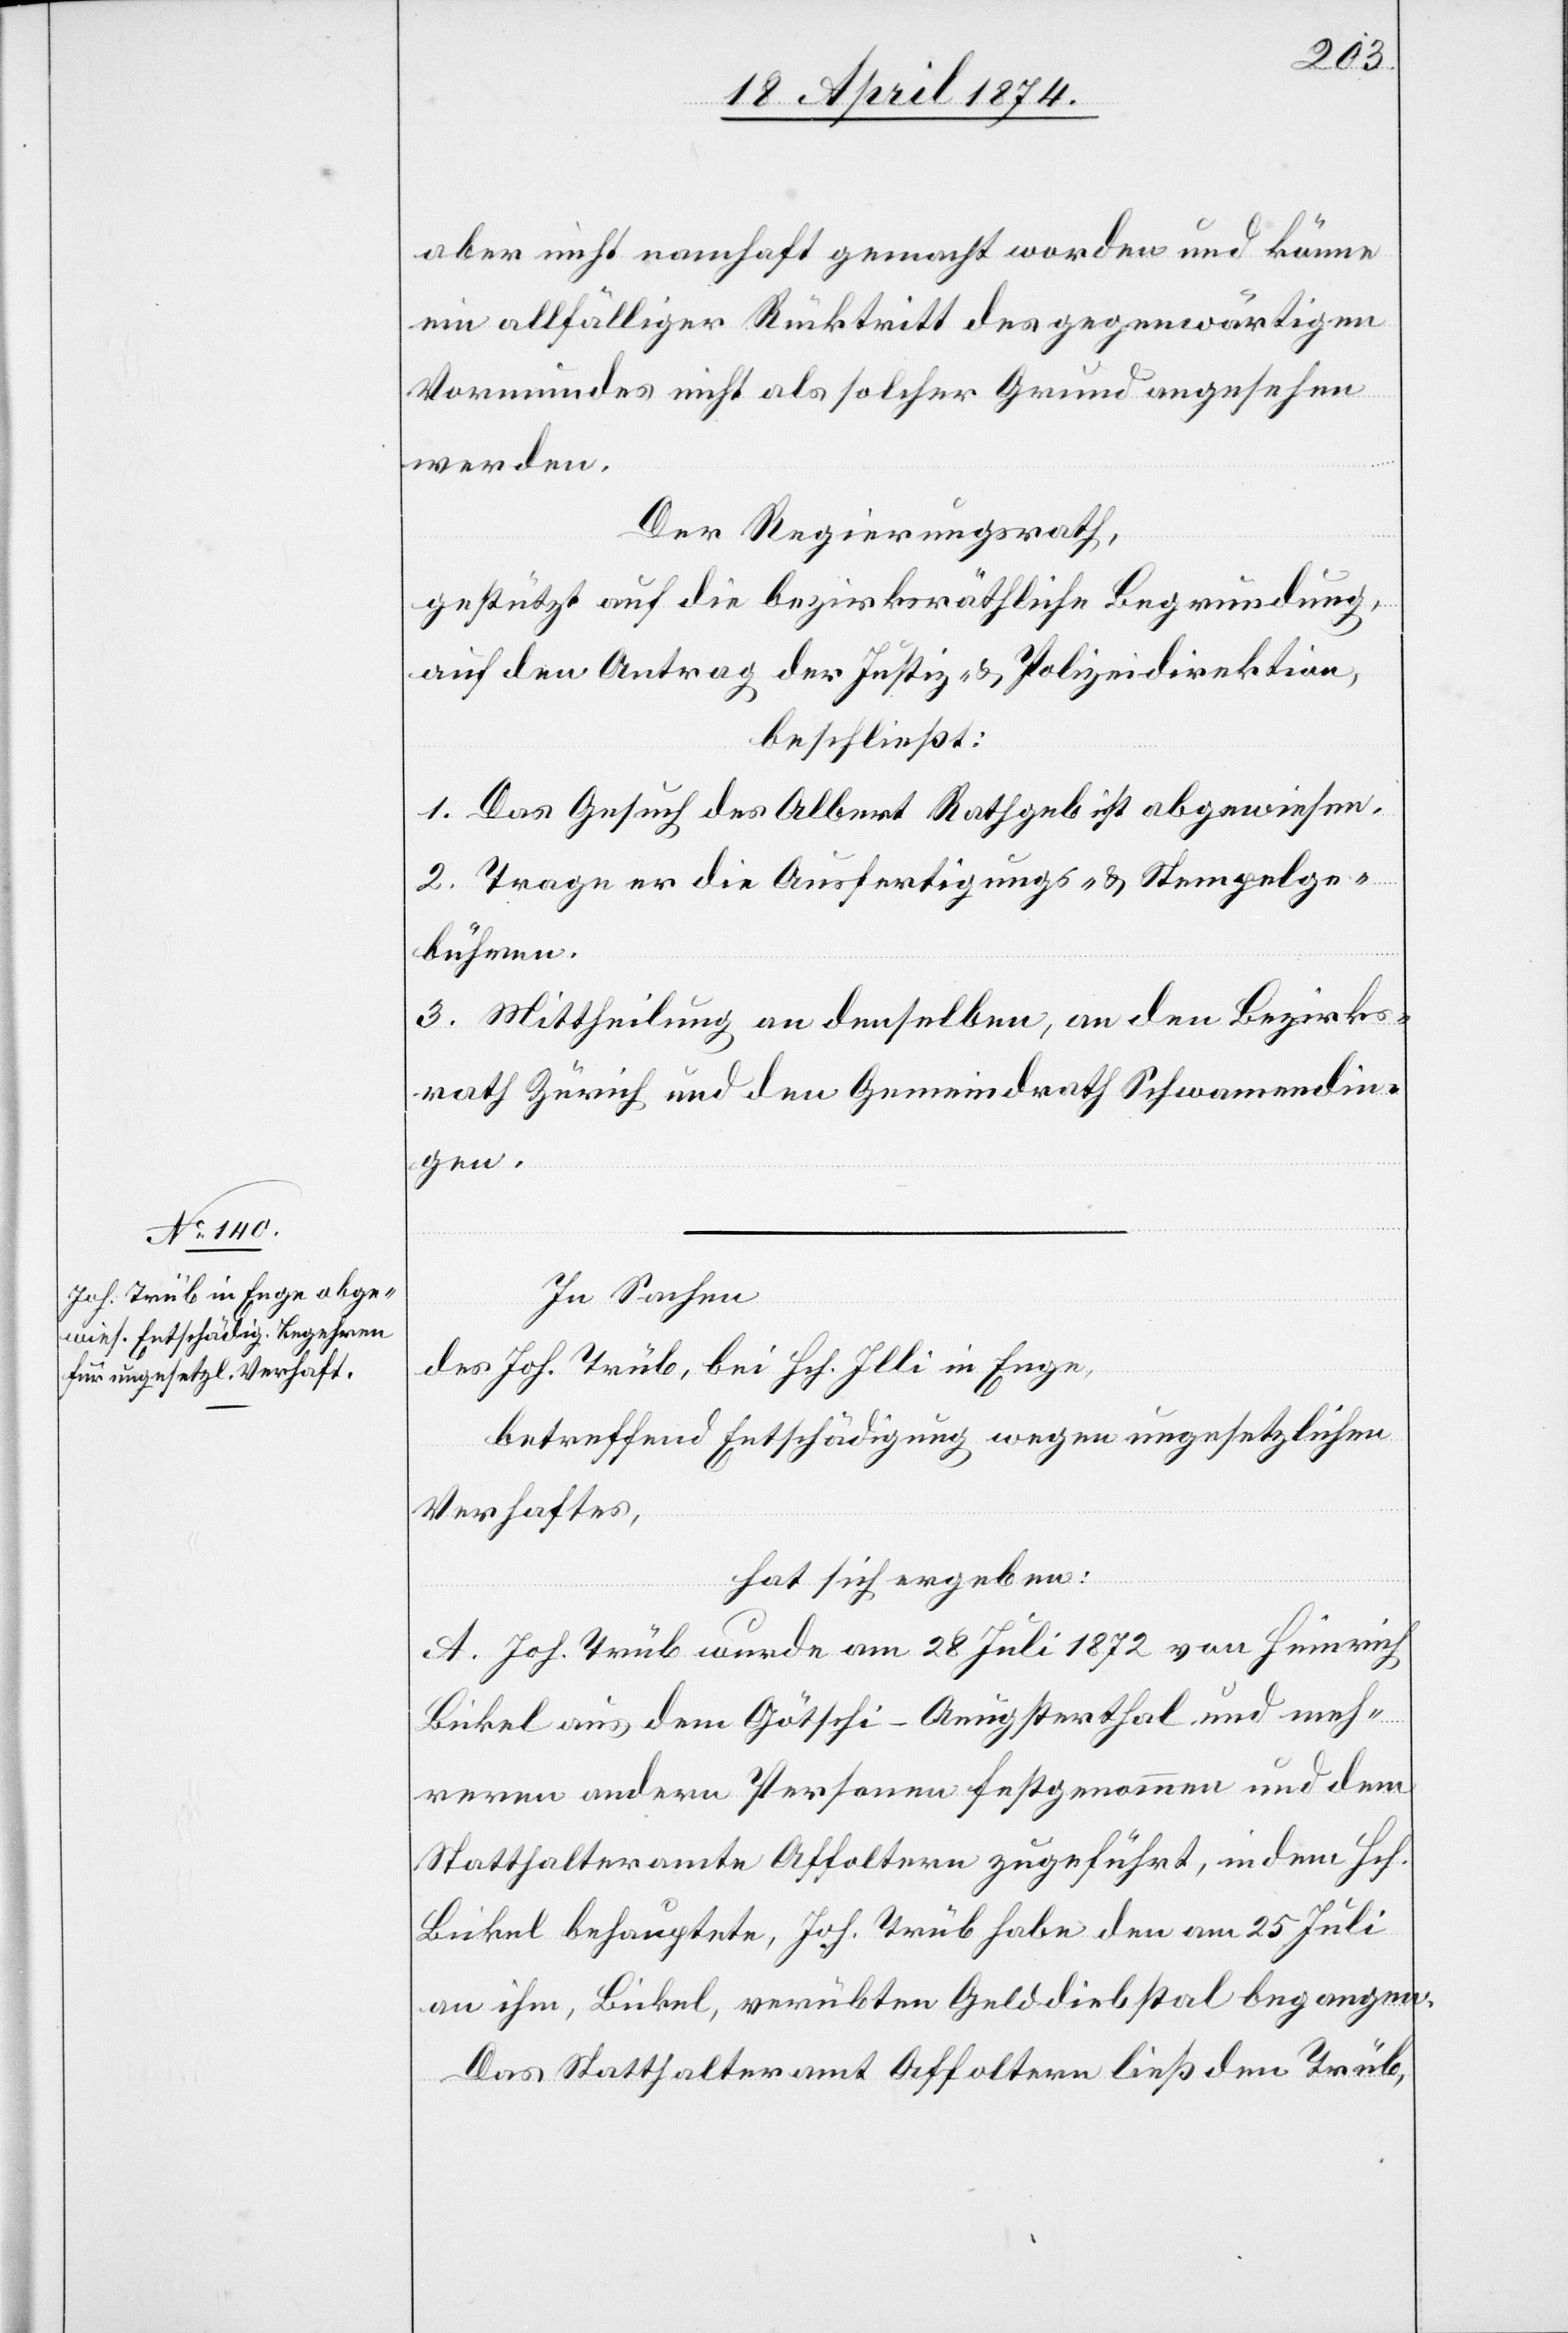
aber nicht nahmhaft gemacht worden und könne
ein allfälliger Rücktritt des gegenwärtigen
Vormundes nicht als solcher Grund angesehen
werden.
Der Regierungsrath,
gestützt auf die bezirksräthliche Begründung,
auf den Antrag der Justiz- u. Polizeidirektion,
beschließt:
1. Das Gesuch des Albert Rathgeb ist abgewiesen.
2. Trage er die Ausfertigungs- u. Stempelge¬
bühren.
3. Mittheilung an denselben, an den Bezirks¬
rath Zürich und den Gemeindrath Schwamendin¬
gen.
In Sachen
des Joh. Trüb, bei Hch. Illi in Enge,
betreffend Entschädigung wegen ungesetzlichen
Verhaftes,
hat sich ergeben:
A. Joh. Trüb wurde am 28. Juli 1872 von Heinrich
Bikel aus dem Götschi-Aeugsterthal und meh¬
reren andern Personen festgenommen und dem
Statthalteramte Affoltern zugeführt, in dem Hch.
Bikel behauptete, Joh. Trüb habe den am 25 Juli
an ihm, Bikel, verübten Gelddiebstal begangen.
Das Statthalteramt Affoltern ließ den Trüb,